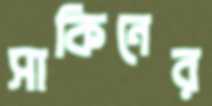
সাকিনের